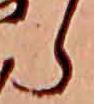
ら